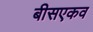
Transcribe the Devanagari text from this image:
बीसएकव